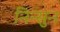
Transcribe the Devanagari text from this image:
निन्सुन